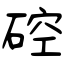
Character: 硿